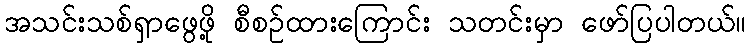
အသင်းသစ်ရှာဖွေဖို့ စီစဉ်ထားကြောင်း သတင်းမှာ ဖော်ပြပါတယ်။